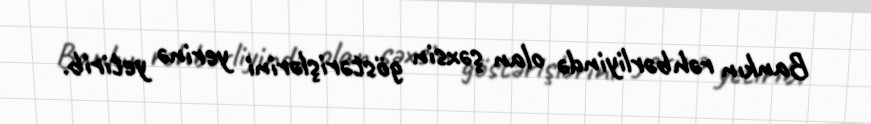
Bankın rəhbərliyində olan şəxsin göstərişlərini yerinə yetirib.